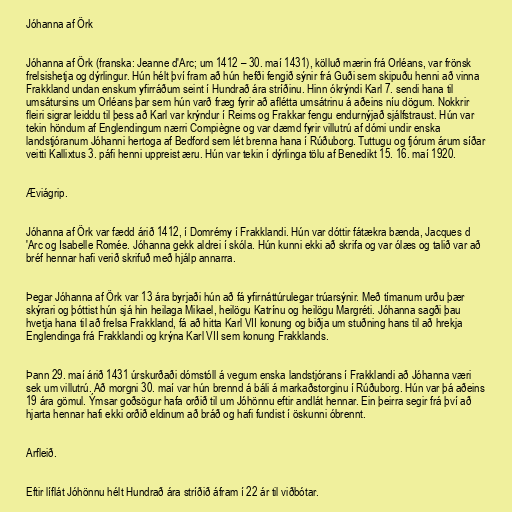
Jóhanna af Örk

Jóhanna af Örk (franska: Jeanne d'Arc; um 1412 – 30. maí 1431), kölluð mærin frá Orléans, var frönsk
frelsishetja og dýrlingur. Hún hélt því fram að hún hefði fengið sýnir frá Guði sem skipuðu henni að vinna
Frakkland undan enskum yfirráðum seint í Hundrað ára stríðinu. Hinn ókrýndi Karl 7. sendi hana til
umsátursins um Orléans þar sem hún varð fræg fyrir að aflétta umsátrinu á aðeins níu dögum. Nokkrir
fleiri sigrar leiddu til þess að Karl var krýndur í Reims og Frakkar fengu endurnýjað sjálfstraust. Hún var
tekin höndum af Englendingum nærri Compiègne og var dæmd fyrir villutrú af dómi undir enska
landstjóranum Jóhanni hertoga af Bedford sem lét brenna hana í Rúðuborg. Tuttugu og fjórum árum síðar
veitti Kallixtus 3. páfi henni uppreist æru. Hún var tekin í dýrlinga tölu af Benedikt 15. 16. maí 1920.

Æviágrip.

Jóhanna af Örk var fædd árið 1412, í Domrémy í Frakklandi. Hún var dóttir fátækra bænda, Jacques d
'Arc og Isabelle Romée. Jóhanna gekk aldrei í skóla. Hún kunni ekki að skrifa og var ólæs og talið var að
bréf hennar hafi verið skrifuð með hjálp annarra.

Þegar Jóhanna af Örk var 13 ára byrjaði hún að fá yfirnáttúrulegar trúarsýnir. Með tímanum urðu þær
skýrari og þóttist hún sjá hin heilaga Mikael, heilögu Katrínu og heilögu Margréti. Jóhanna sagði þau
hvetja hana til að frelsa Frakkland, fá að hitta Karl VII konung og biðja um stuðning hans til að hrekja
Englendinga frá Frakklandi og krýna Karl VII sem konung Frakklands.

Þann 29. maí árið 1431 úrskurðaði dómstóll á vegum enska landstjórans í Frakklandi að Jóhanna væri
sek um villutrú. Að morgni 30. maí var hún brennd á báli á markaðstorginu í Rúðuborg. Hún var þá aðeins
19 ára gömul. Ýmsar goðsögur hafa orðið til um Jóhönnu eftir andlát hennar. Ein þeirra segir frá því að
hjarta hennar hafi ekki orðið eldinum að bráð og hafi fundist í öskunni óbrennt.

Arfleið.

Eftir líflát Jóhönnu hélt Hundrað ára stríðið áfram í 22 ár til viðbótar.